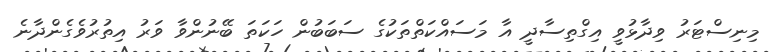
މިނިސްޓަރު ވިދާޅުވީ އިގްތިސާދީ އާ މަސައްކަތްތަކުގެ ސަބަބުން ހަކަތަ ބޭނުންވާ ވަރު އިތުރުވެގެންދާނެ